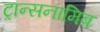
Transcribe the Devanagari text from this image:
ट्रान्सनामिब